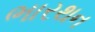
ભારથન